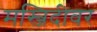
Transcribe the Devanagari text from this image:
मस्जिदीवर